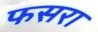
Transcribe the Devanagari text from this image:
फसरा